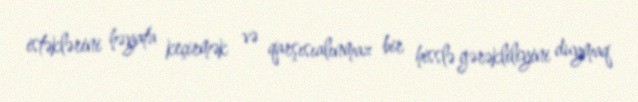
istəklərini həyata keçirmək və qarşısıalınmaz bir hisslə gərəkliliyini duymaq